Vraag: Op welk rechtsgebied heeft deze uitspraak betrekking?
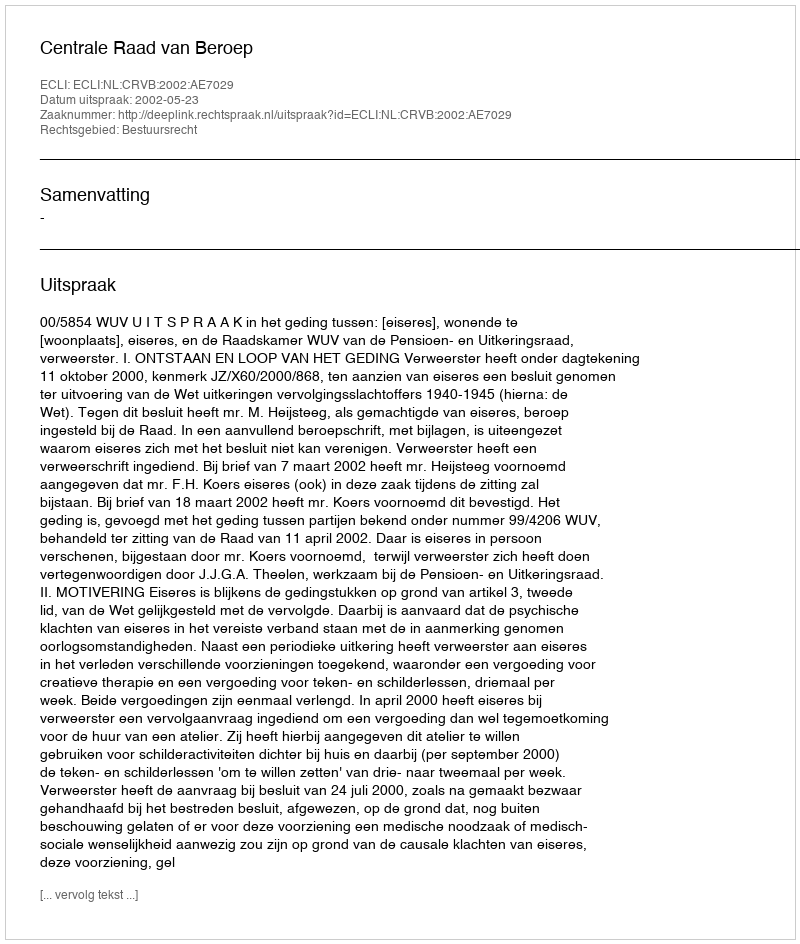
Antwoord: Bestuursrecht